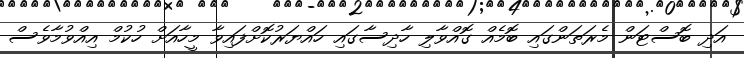
އަދި ބޮސްޓަން މެރަތަންގައި ބޮމެއް ގޮއްވާލި ހާދިސާގައި ހައްޔަރުކޮށްފައިވާ މީހާއަށް ހުކުމް އިއްވުމާވެސް